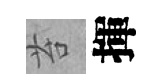
苔揮